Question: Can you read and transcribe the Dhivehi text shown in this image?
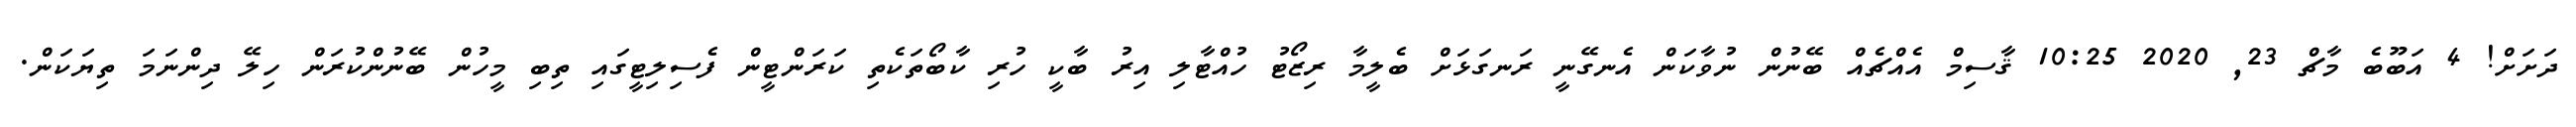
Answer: ދަށަށް! 4 އަބޫބެ މާޗް 23, 2020 10:25 ޤާސިމް އެއްޗެއް ބޭނުން ނުވާކަން އެނގޭނީ ރަނގަޅަށް ބެލީމާ ރިޒޯޓު ހުއްޓާލި އިރު ބާކީ ހުރި ކާބޯތަކެތި ކަރަންޓީން ފެސިލިޓީގައި ތިބި މީހުން ބޭނުންކުރަން ހިލޭ ދިންނަމަ ތިޔަކަން.